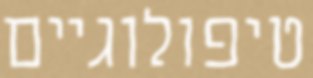
טיפולוגיים